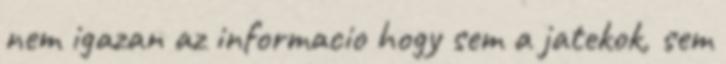
nem igazan az informacio hogy sem a jatekok, sem